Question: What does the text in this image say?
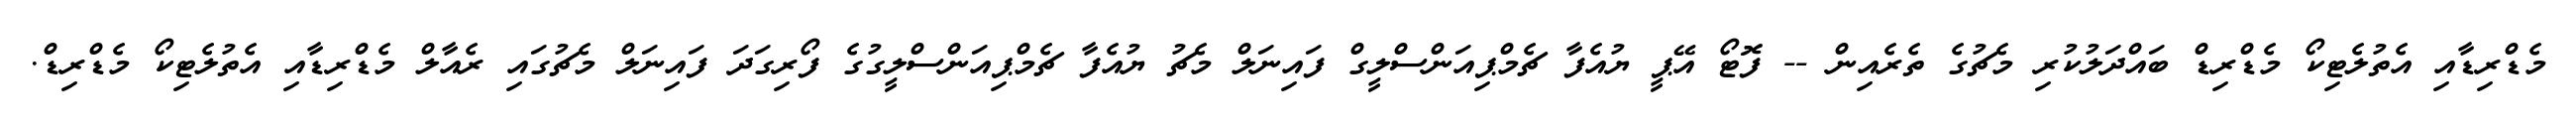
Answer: މެޑްރިޑާއި އެތުލެޓިކޯ މެޑްރިޑް ބައްދަލުކުރި މެޗުގެ ތެރެއިން -- ފޮޓޯ އޭޕީ ޔުއެފާ ޗެމްޕިއަންސްލީގް ފައިނަލް މެޗު ޔުއެފާ ޗެމްޕިއަންސްލީގުގެ ފޯރިގަދަ ފައިނަލް މެޗުގައި ރެއާލް މެޑްރިޑާއި އެތުލެޓިކޯ މެޑްރިޑް.